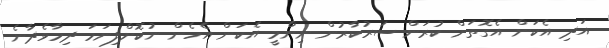
އަދި އެކަން އެގޮތަށް ކުރަން ސަރުކާރުން ނިންމީ އެކަން އެހެން ނުކޮށްފިނަމަ ދިމާވެދާނެ